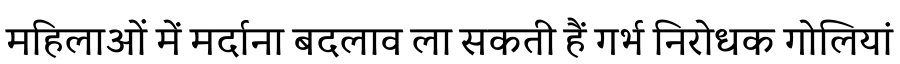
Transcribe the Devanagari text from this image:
महिलाओं में मर्दाना बदलाव ला सकती हैं गर्भ निरोधक गोलियां